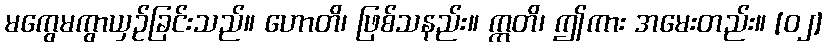
မကွေမကွာယှဉ်ခြင်းသည်။ ဟောတိ၊ ဖြစ်သနည်း။ ဣတိ၊ ဤကား အမေးတည်း။ [၀၂]